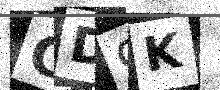
Text: CD9K